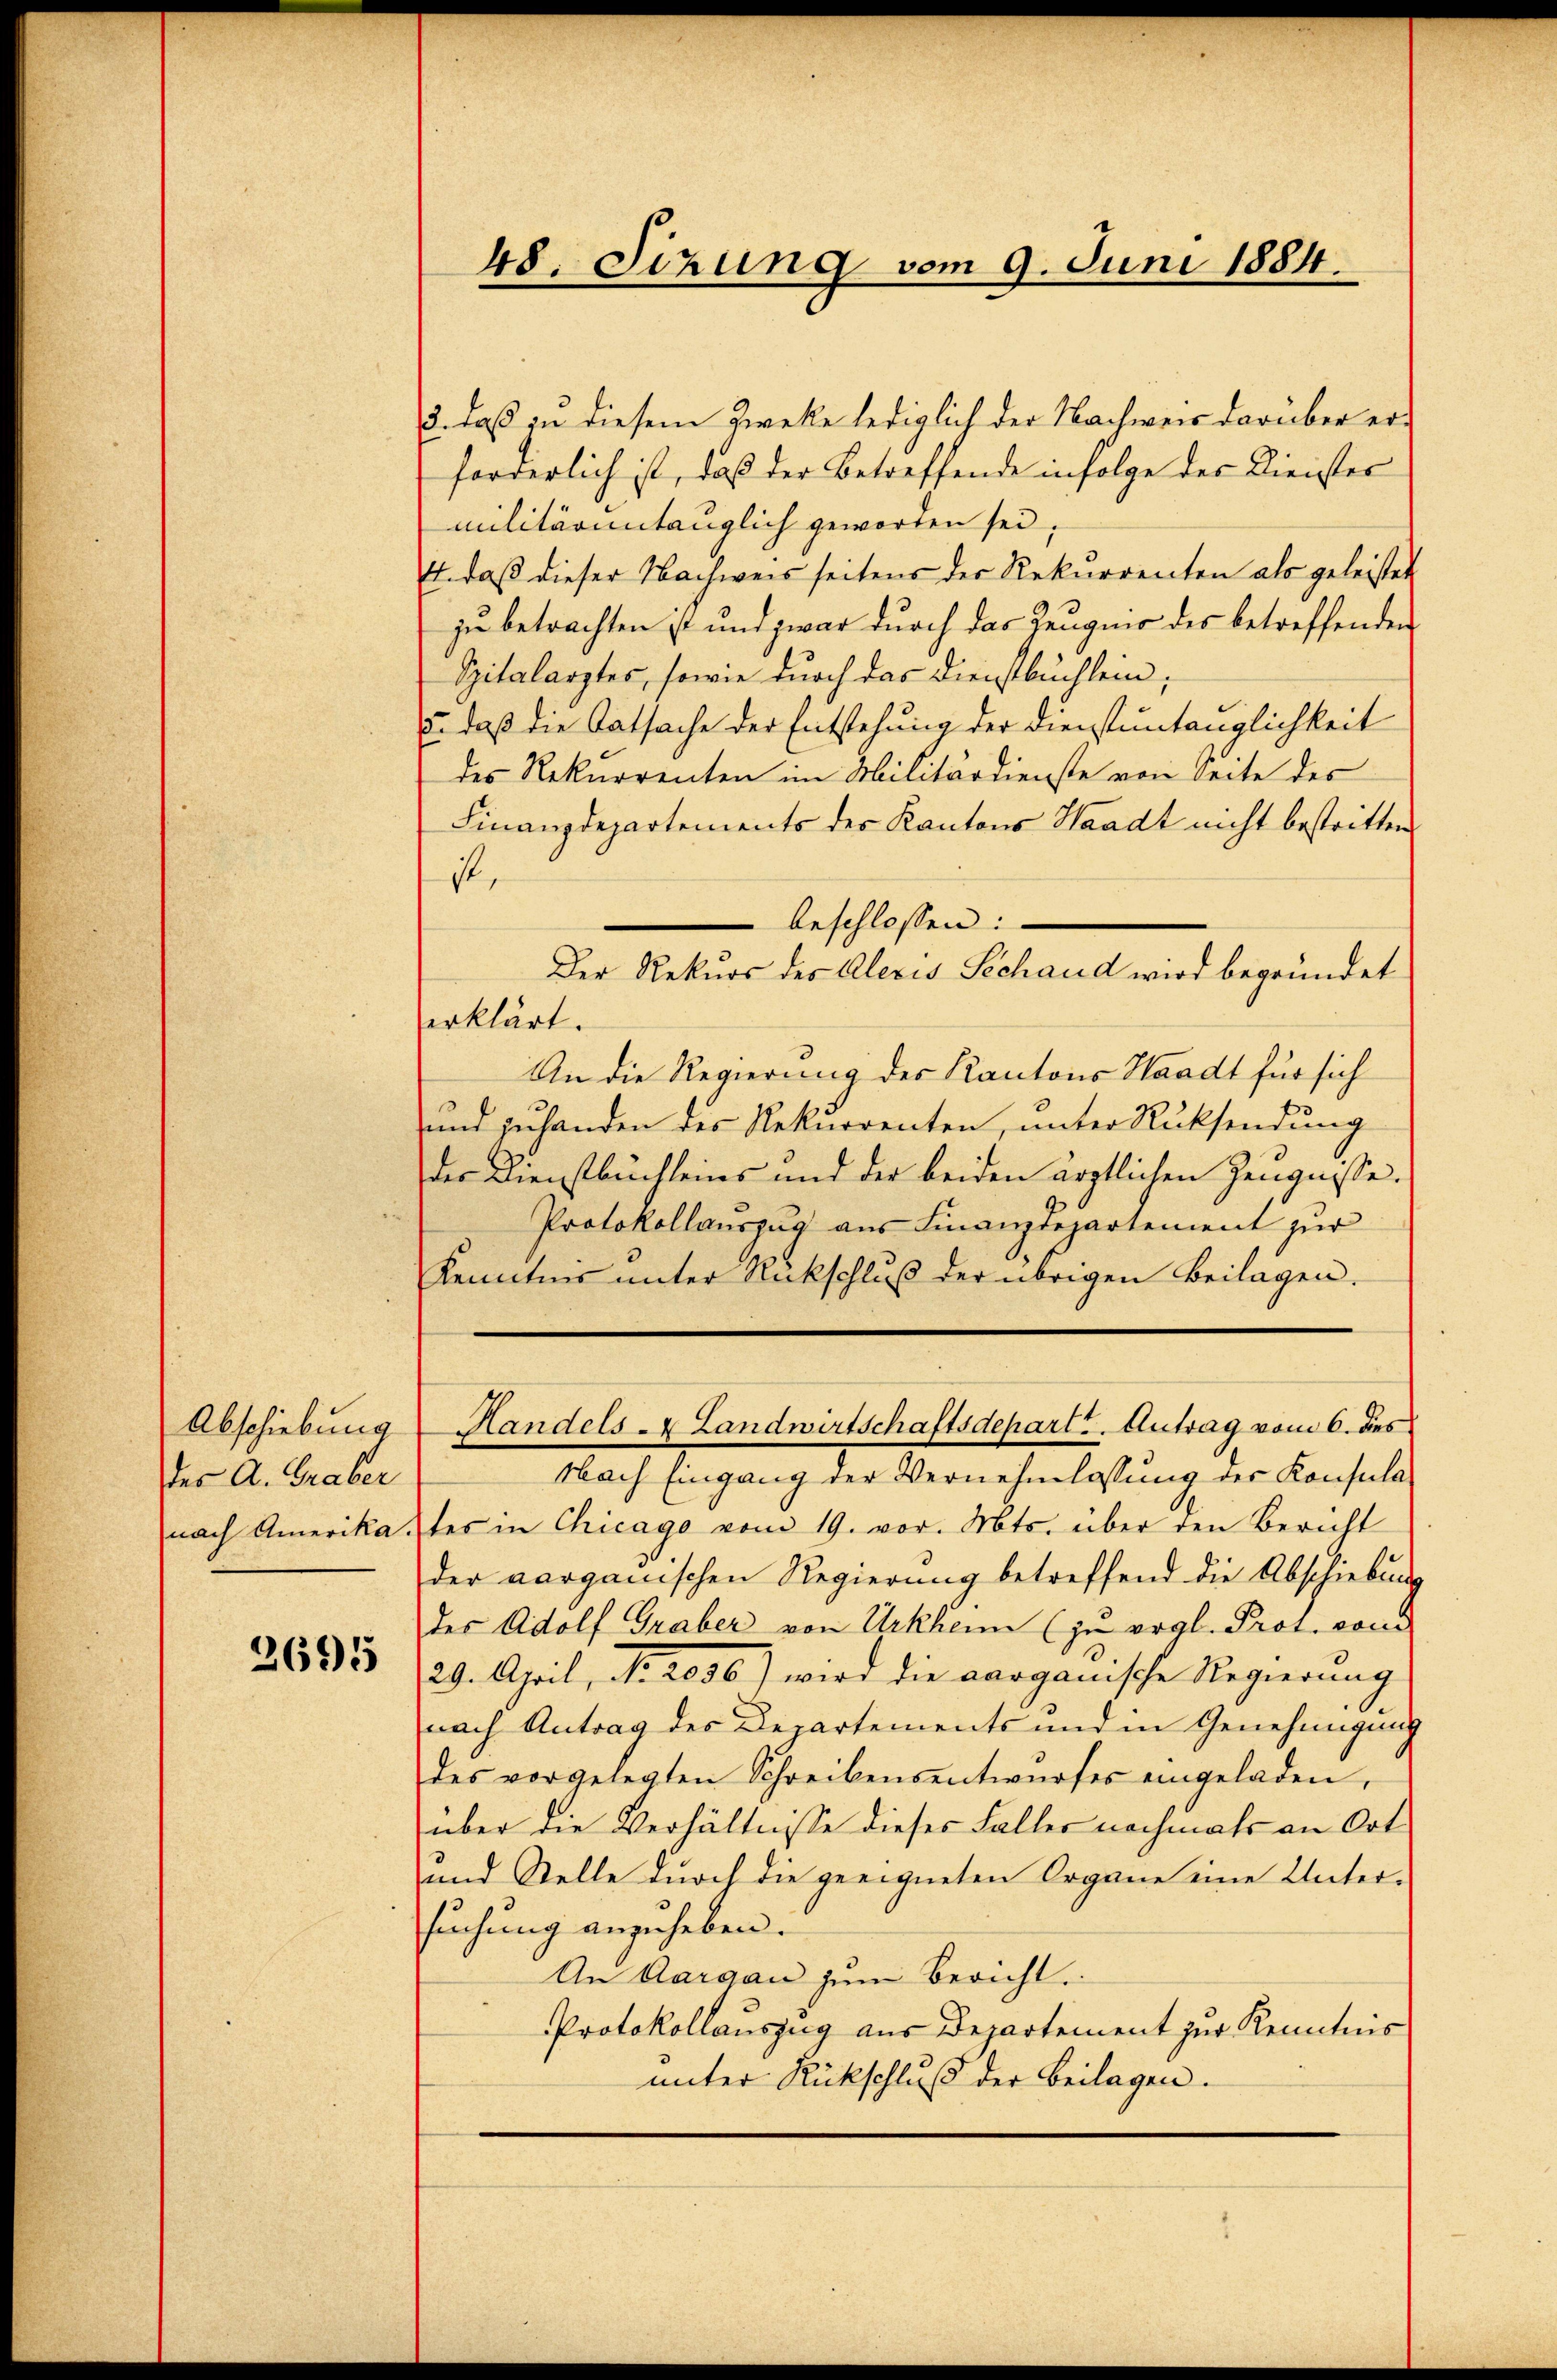
Abschiebung
der A. Graber

2691

48. Sizung vom 9. Juni 1884.

3. daß zu diesem Zwecke lediglich der Nachweis darüber erforderlich ist, daß der Betreffende infolge der Dienster
militärintauglich geworden sei;
E. daβ dieser Nachweis seitens der Rekurrenten als geleistet
zu betrachten ist und zwar durch das Zeugnis des betreffenden
Spitalarztes, sowie durch das Dienstbuchlein;
. daß die Tatsache der Entstehung der Dienstuntänglichkeit
des Rekurrenten im Militärdienste von Seite des
Finanzdepartements des Kantons Waadt nicht bestritten
ist,
beschlossen:
Der Rekurs des Alexis Sechand wird begründet
erklärt.
An die Regierung des Kantons Waadt für sich
und zuhanden des Rekurrenten, unter Rücksendung
der Dienstbuchleins und der beiden ärztlichen Zeugnisse.
Protokollauszug aus Finanzdepartement zur
Kenntnis unter Rückschluß der übrigen Beilagen.
Handels- & Landwirtschaftsdepart. Antrag vom 6. dies
Nach Eingang der Vernehmlassung der Konsula
nach Amerikates in Chicago vom 19. vor. Mts. über den Bericht
der aargauischen Regierung betreffend die Abschiebung
des Adolf Graber von Urkheim (zu ergl. Prot. von
29. April, No. 2056) wird die aarganische Regierŭng
nach Antrag des Departements und in Genehmigung
des vorgelegten Schreibensentwŭrfes eingeladen,
über die Verhältnisse dieses Faller nochmals an Ort
und Stelle durch die geeigneten Organe eine Unter-
suchung anzuheben.
An Aargau zum Bericht.
Protokollauszug aus Departement zur Kenntnis
unter Rückschluß der Beilagen.